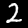
Digit: 2